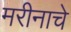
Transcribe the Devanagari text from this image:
मरीनाचे